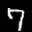
Label: 7